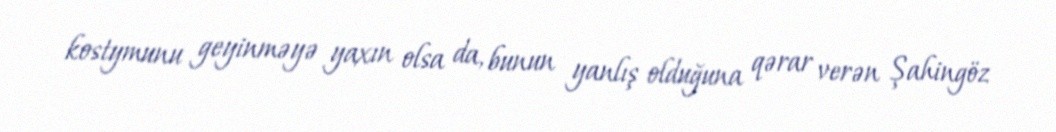
kostymunu geyinməyə yaxın olsa da, bunun yanlış olduğuna qərar verən Şahingöz